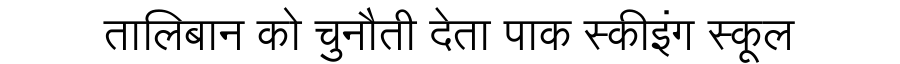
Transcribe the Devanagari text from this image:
तालिबान को चुनौती देता पाक स्कीइंग स्कूल